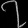
Digit: ၇